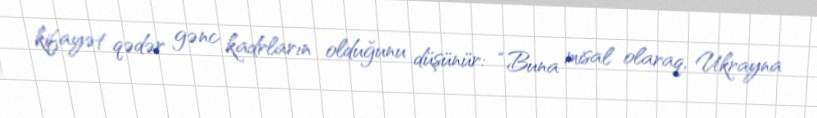
kifayət qədər gənc kadrların olduğunu düşünür: “Buna misal olaraq, Ukrayna